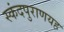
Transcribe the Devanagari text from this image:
स्कंदपुराणयह